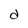
Character: d